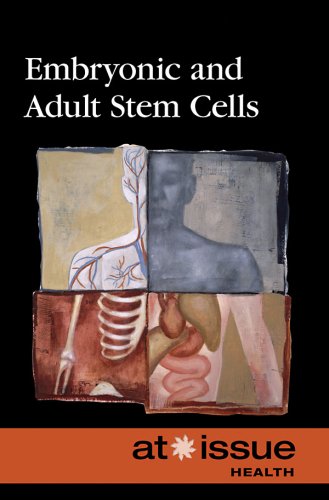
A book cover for Embryonic And Adult Stem Cells (At Issue Series); Teen & Young Adult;